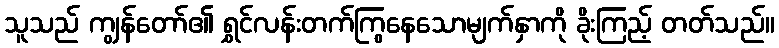
သူသည် ကျွန်တော်၏ ရွှင်လန်းတက်ကြွနေသောမျက်နှာကို ခိုးကြည့် တတ်သည်။